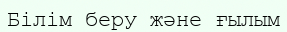
Білім беру және ғылым